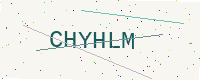
Text: CHYHLM